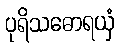
ပုရိသဓောရယှံ